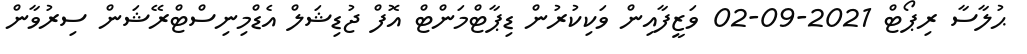
ޙުލާސާ ރިޕޯޓް 2021-09-02 ވަޒީފާއިން ވަކިކުރުން ޑިޕާޓްމަންޓް އޮފް ޖުޑިޝަލް އެޑްމިނިސްޓްރޭޝަން ސިރުވާން